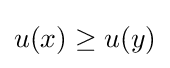
u(x)\geq u(y)